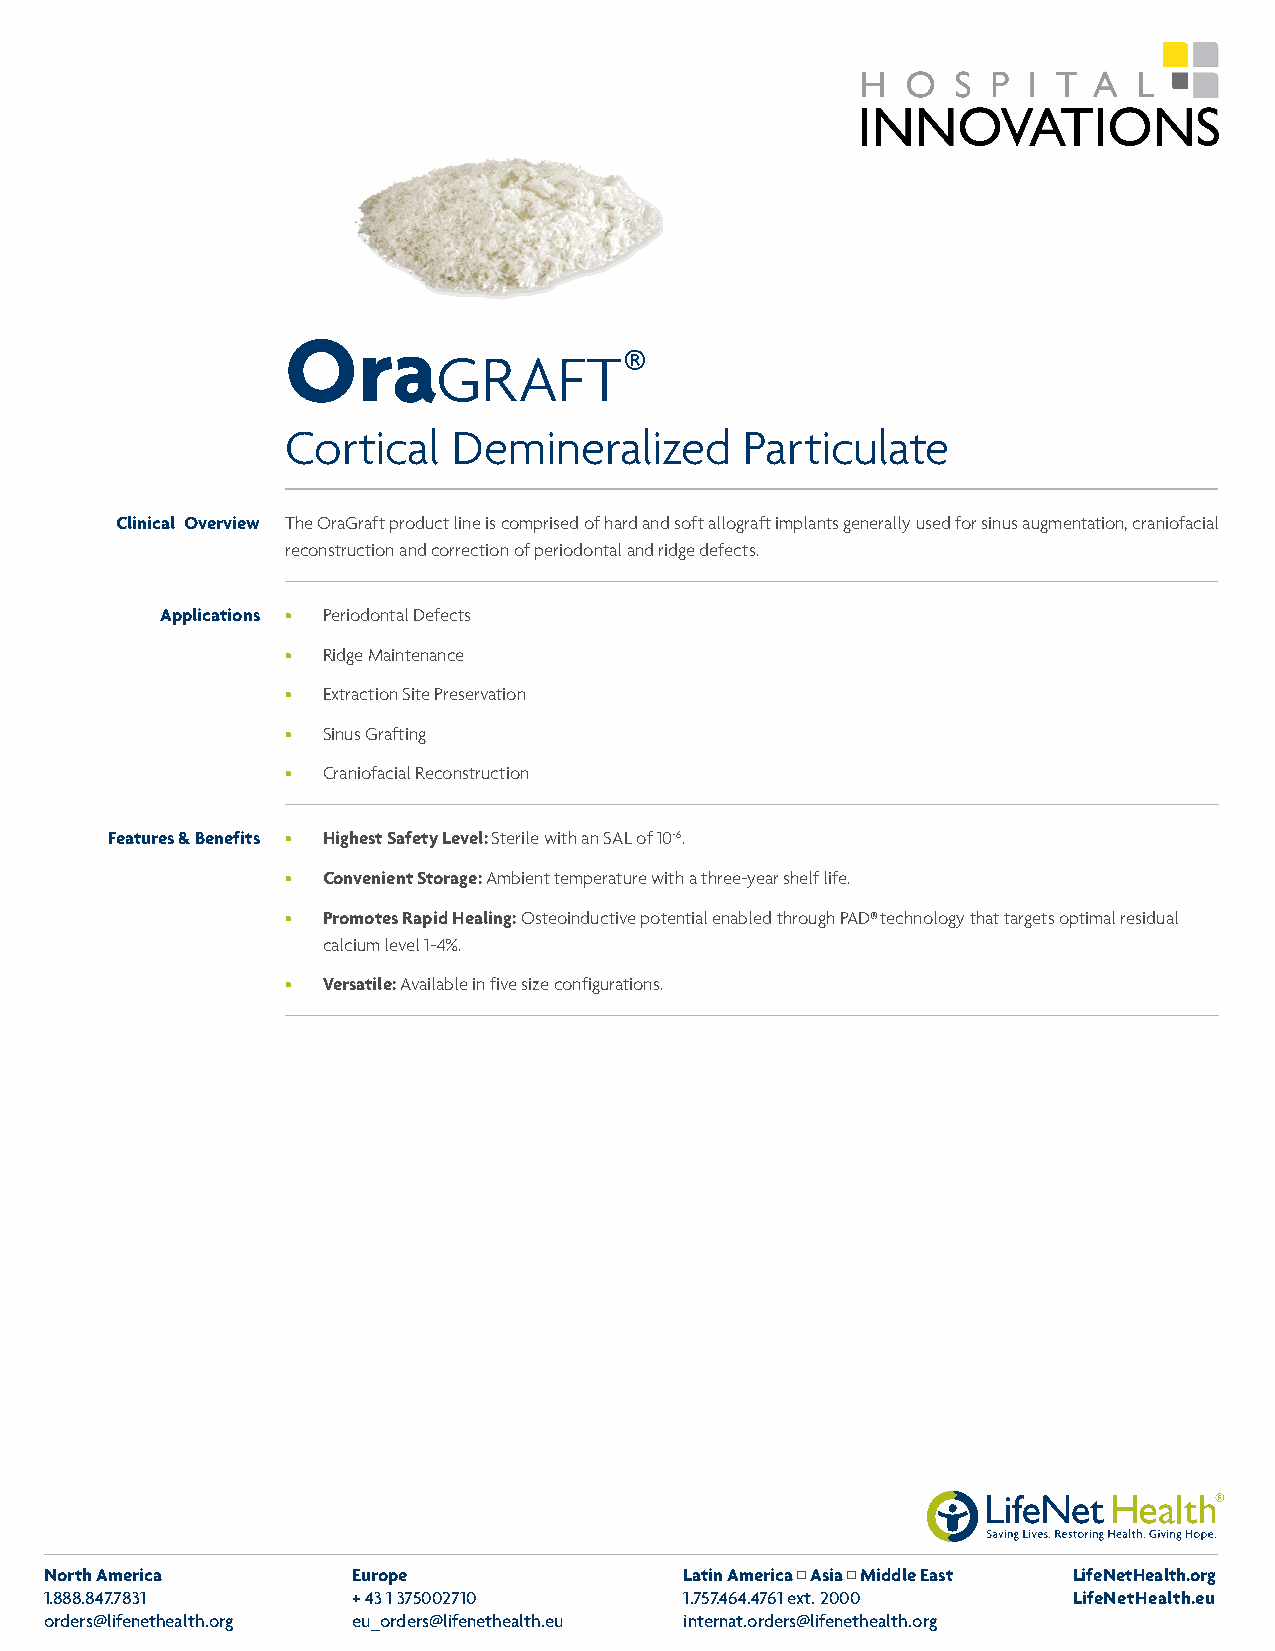
Ora
 ®
 graft
 Cortical   Demineralized      Particulate
 Clinical Overview The OraGraft product line is comprised of hard and soft allograft implants generally used for sinus augmentation, craniofacial
 reconstruction and correction of periodontal and ridge defects.
 Applications • Periodontal Defects
 • Ridge Maintenance
 • Extraction Site Preservation
 • Sinus Grafting
 • Craniofacial Reconstruction
 Features & Benefits • Highest Safety Level: Sterile with an SAL of 10-6.
 • Convenient Storage: Ambient temperature with a three-year shelf life.
 • Promotes Rapid Healing: Osteoinductive potential enabled through PAD® technology that targets optimal residual
 calcium level 1-4%.
 • Versatile: Available in five size configurations.
 North America       Europe                Latin America Asia Middle East LifeNetHealth.org
 1.888.847.7831      +43 1 375002710       1.757.464.4761 ext. 2000  LifeNetHealth.eu
 orders@lifenethealth.org eu_orders@lifenethealth.eu internat.orders@lifenethealth.org